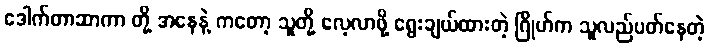
ဒေါက်တာဆာကာ တို့ အနေနဲ့ ကတော့ သူတို့ လေ့လာဖို့ ရွေးချယ်ထားတဲ့ ဂြိုဟ်က သူလည်ပတ်နေတဲ့